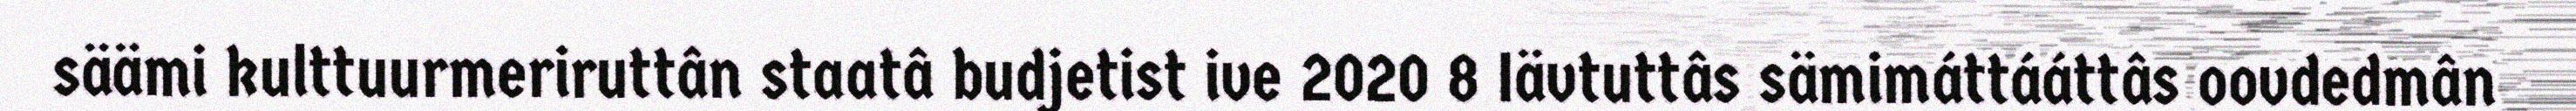
säämi kulttuurmeriruttân staatâ budjetist ive 2020 8 Iävtuttâs sämimáttááttâs oovdedmân